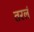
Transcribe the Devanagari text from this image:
तरलं